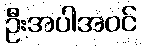
ဦးအပါအဝင်